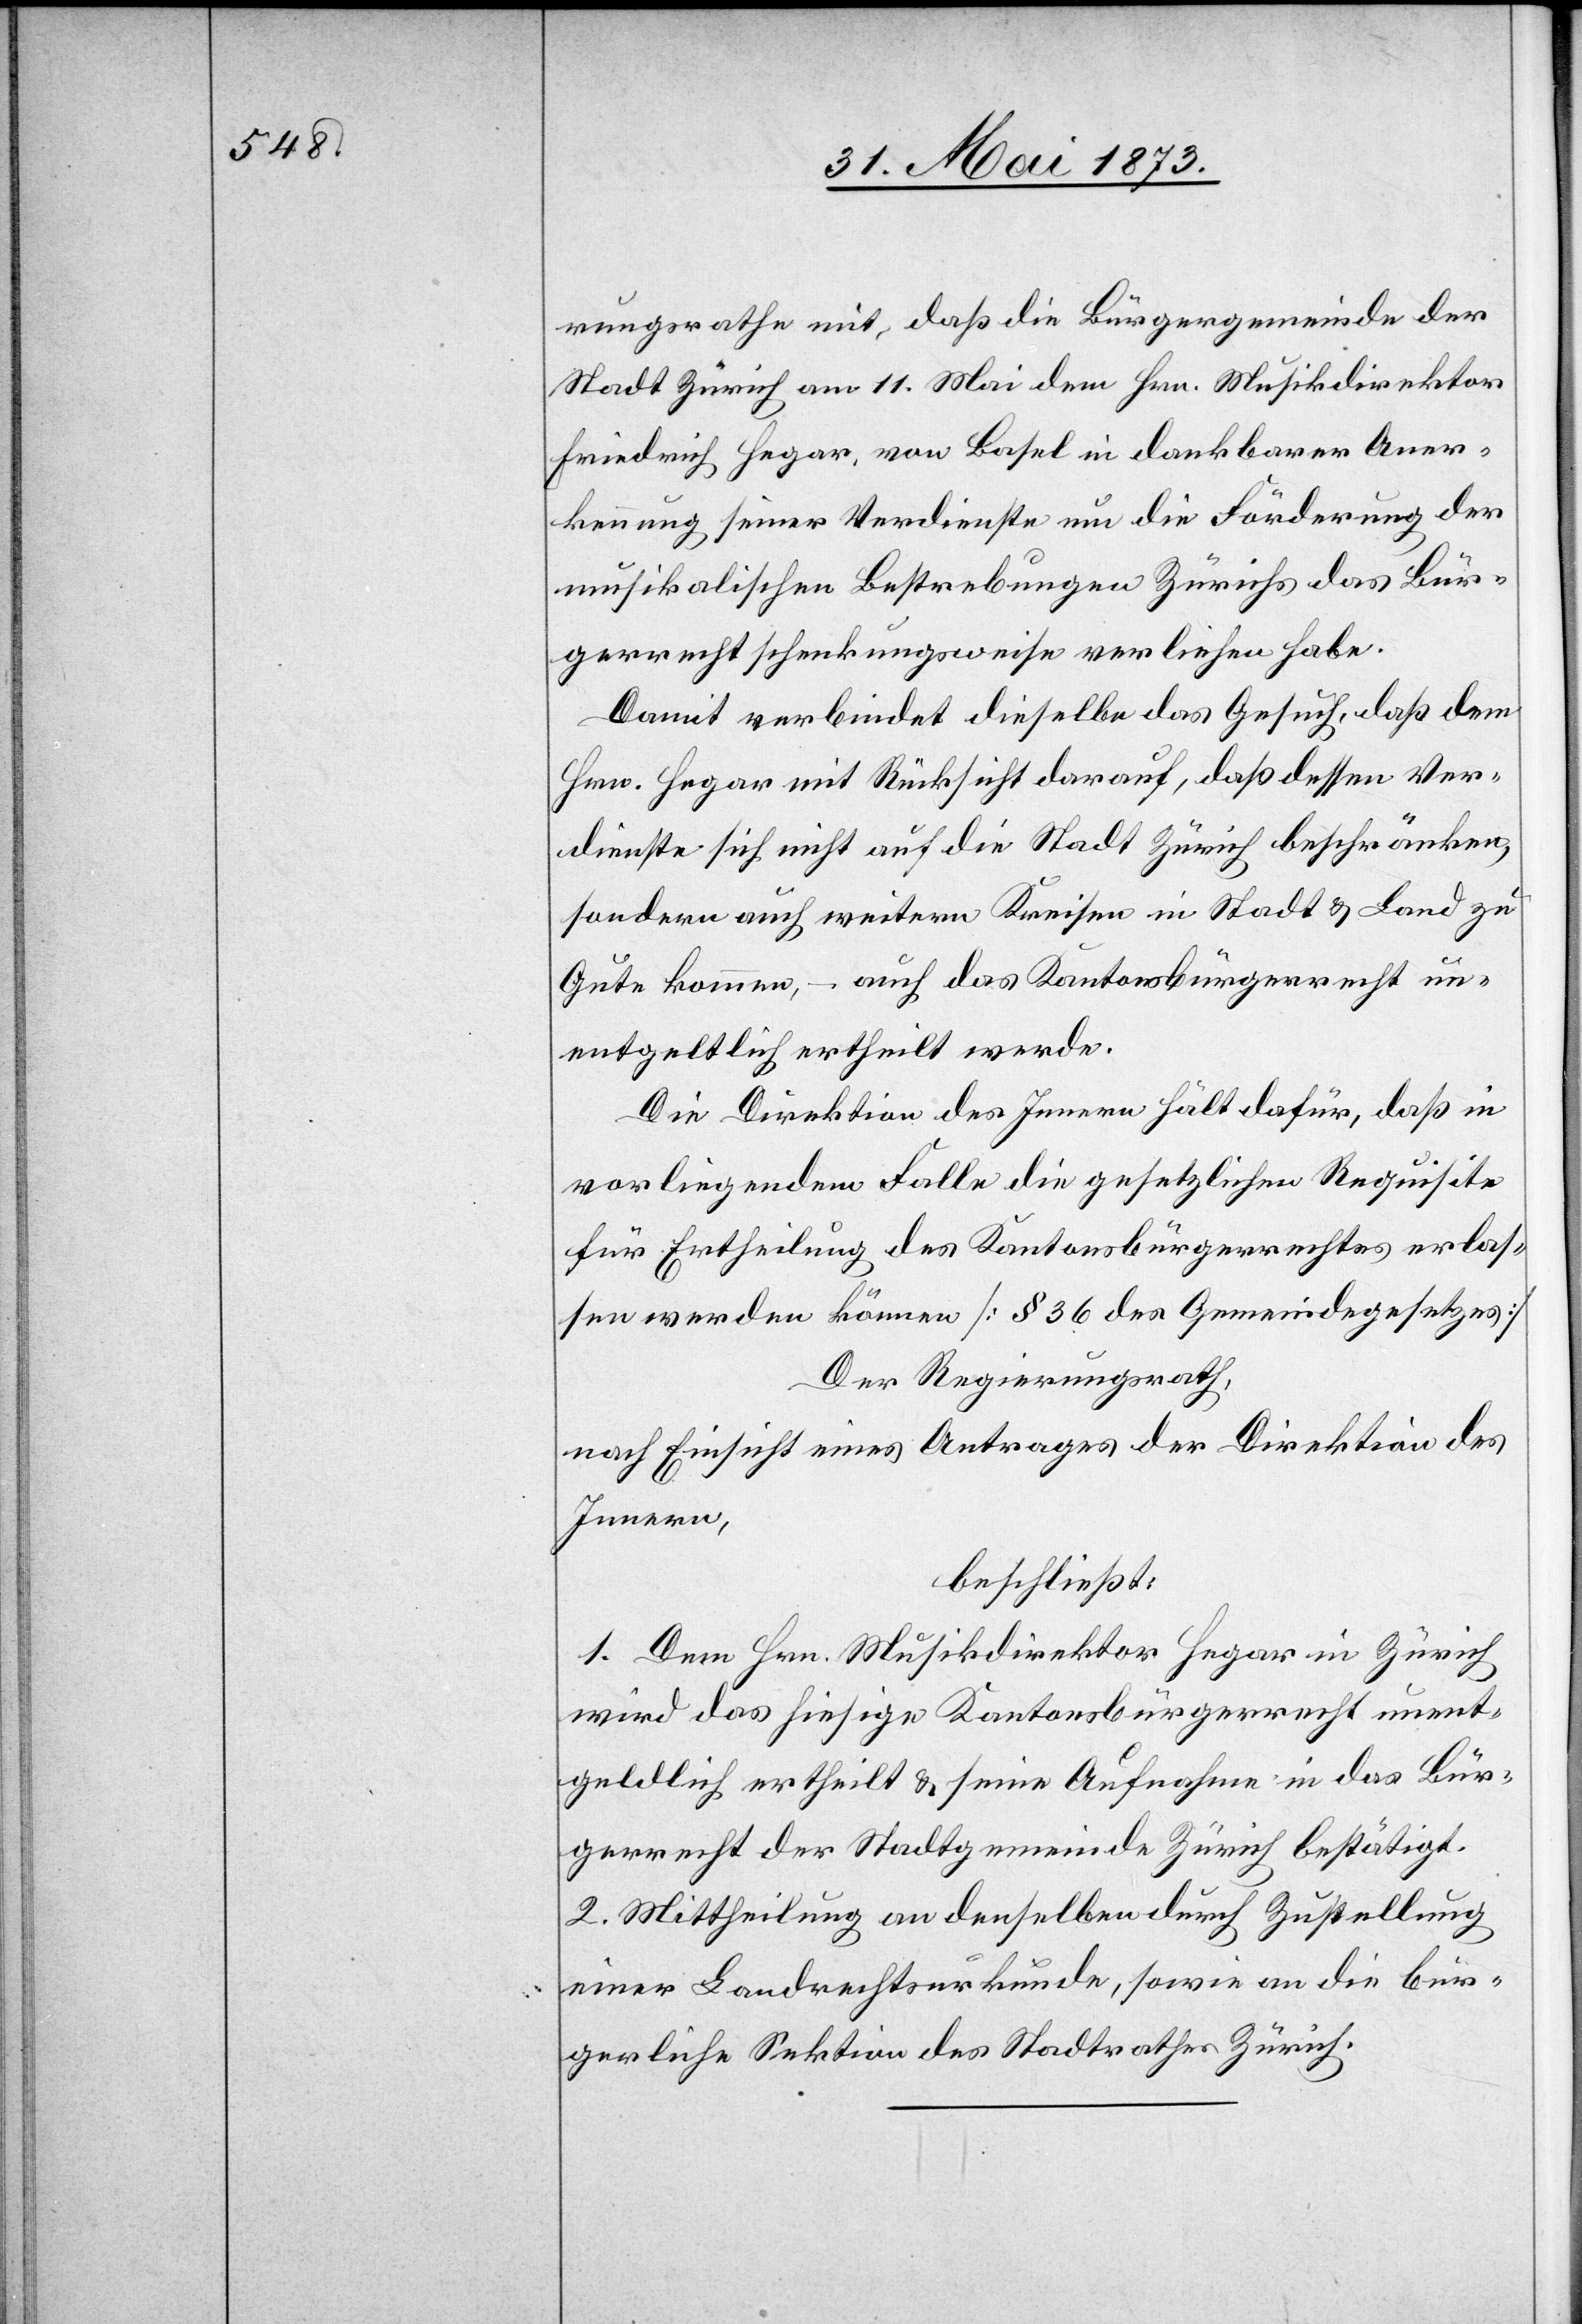
rungsrathe mit, daß die Bürgergemeinde der
Stadt Zürich am 11. Mai dem Hrn. Musikdirektor
Friedrich Hegar, von Basel in dankbarer Aner¬
kennung seiner Verdienste um die Förderung der
musikalischen Bestrebungen Zürichs das Bür¬
gerrecht schenkungsweise verliehen habe.
Damit verbindet dieselbe das Gesuch, daß dem
Hrn. Hegar mit Rücksicht darauf, daß dessen Ver¬
dienste sich nicht auf die Stadt Zürich beschränken,
sondern auch weitern Kreisen in Stadt & Land zu
Gute komme, – auch das Kantonsbürgerrecht un¬
entgeltlich ertheilt werde.
Die Direktion des Innern hält dafür, daß in
vorliegendem Falle die gesetzlichen Requisite
für Ertheilung des Kantonsbürgerrechtes erlas¬
sen werden können [§ 36 des Gemeindegesetzes]
Der Regierungsrath,
nach Einsicht eines Antrages der Direktion des
Innern,
beschließt:
1. Dem Hrn. Musikdirektor Hegar in Zürich
wird das hiesige Kantonsbürgerrecht unent¬
geldlich ertheilt & seine Aufnahme in das Bür¬
gerrecht der Stadtgemeinde Zürich bestätigt.
2. Mittheilung an denselben durch Zustellung
einer Landrechtsurkunde, sowie an die bür¬
gerliche Sektion des Stadtrathes Zürich.